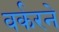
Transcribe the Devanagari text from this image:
वर्करने